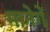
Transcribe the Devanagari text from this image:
मानेगें